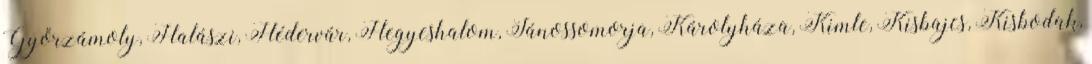
Győrzámoly, Halászi, Hédervár, Hegyeshalom, Jánossomorja, Károlyháza, Kimle, Kisbajcs, Kisbodak,